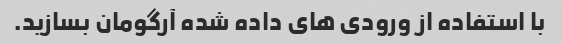
با استفاده از ورودی های داده شده آرگومان بسازید.